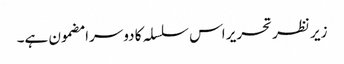
زیر نظر تحریر اس سلسلہ کا دوسرا مضمون ہے۔